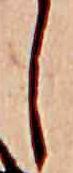
し